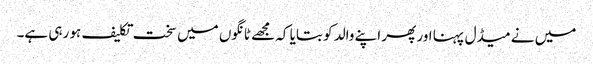
میں نے میڈل پہنا اور پھر اپنے والد کو بتایا کہ مجھے ٹانگوں میں سخت تکلیف ہو رہی ہے۔